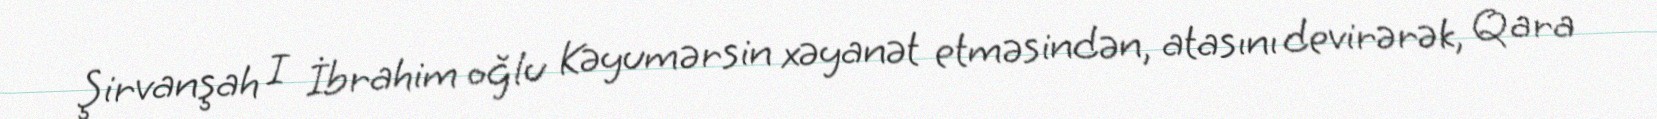
Şirvanşah I İbrahim oğlu Kəyumərsin xəyanət etməsindən, atasını devirərək, Qara